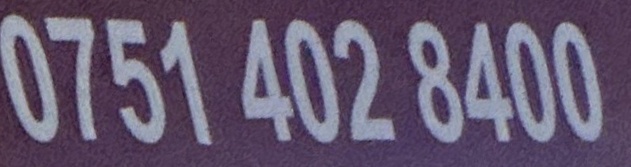
0751 402 8400